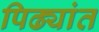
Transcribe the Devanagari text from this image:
पिढ्यांत